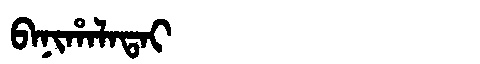
Manchu: ᠪᠠᠨᡳᡥᠠᠯᠠᡨᠠᡳ
Romanization: BANIHALATAI